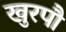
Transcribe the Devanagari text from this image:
खुरपौ